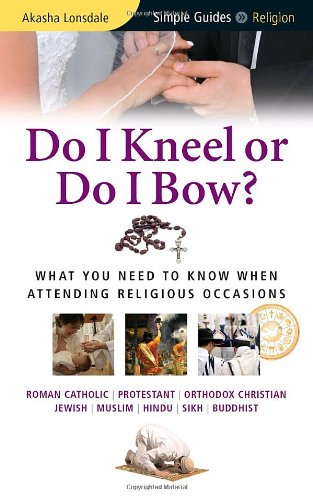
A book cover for Do I Kneel or Do I Bow?: What You Need To Know When Attending Religious Occasions (Simple Guides); Akasha Lonsdale; Travel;